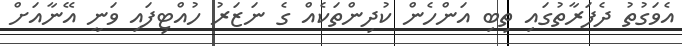
އެވަގުތު ދެފަރާތުގައި ތިބި އަންހެން ކުދިންތަކެއް ގެ ނަޒަރު ހުއްޓިފައި ވަނީ އޭނާއަށް